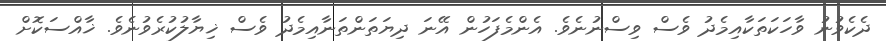
ދެކެވުނު ވާހަކަތަކާއިމެދު ވެސް ވިސްނުނެވެ. އެންމެފަހުން އޭނަ ދިޔަތަންތަނާއިމެދު ވެސް ޚިޔާލުކުރެވުނެވެ. ޚާއްސަކޮށް